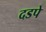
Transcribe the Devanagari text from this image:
दडपे